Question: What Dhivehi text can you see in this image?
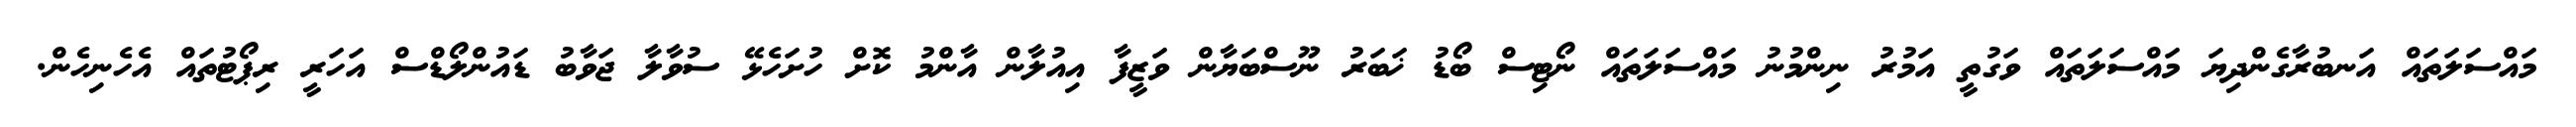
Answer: މައްސަލަތައް އަނބުރާގެންދިޔަ މައްސަލަތައް ވަގުތީ އަމުރު ނިންމުނު މައްސަލަތައް ނޯޓިސް ބޯޑު ޚަބަރު ނޫސްބަޔާން ވަޒީފާ އިއުލާން އާންމު ކޮށް ހުށަހެޅޭ ސުވާލާ ޖަވާބު ޑައުންލޯޑްސް އަހަރީ ރިޕޯޓުތައް އެހެނިހެން.